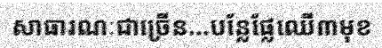
សាធារណៈជាច្រើន...បន្លែផ្លែឈើ៣មុខ